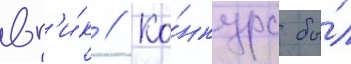
вг'и́к // Ко́нкурс бы́л